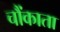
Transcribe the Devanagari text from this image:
चौंकाता